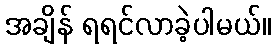
အချိန် ရရင်လာခဲ့ပါမယ်။